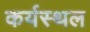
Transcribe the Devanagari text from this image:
कर्यस्थल